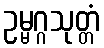
ဥမ္မဂ္ဂသုတ္တံ